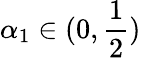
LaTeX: \alpha_{1}\in(0,\frac 12)